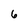
Character: 6